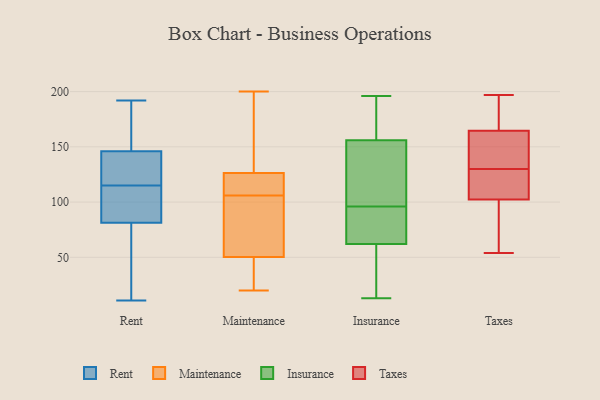
{"axis": {"x": "Humidity (%)", "y": "Value"}, "legend": ["Insurance", "Maintenance", "Rent", "Taxes"], "data": [{"x": "", "y": 11, "type": "Rent"}, {"x": "", "y": 137, "type": "Rent"}, {"x": "", "y": 88, "type": "Rent"}, {"x": "", "y": 132, "type": "Rent"}, {"x": "", "y": 179, "type": "Rent"}, {"x": "", "y": 149, "type": "Rent"}, {"x": "", "y": 71, "type": "Rent"}, {"x": "", "y": 82, "type": "Rent"}, {"x": "", "y": 162, "type": "Rent"}, {"x": "", "y": 124, "type": "Rent"}, {"x": "", "y": 126, "type": "Rent"}, {"x": "", "y": 91, "type": "Rent"}, {"x": "", "y": 192, "type": "Rent"}, {"x": "", "y": 29, "type": "Rent"}, {"x": "", "y": 114, "type": "Rent"}, {"x": "", "y": 152, "type": "Rent"}, {"x": "", "y": 81, "type": "Rent"}, {"x": "", "y": 115, "type": "Rent"}, {"x": "", "y": 42, "type": "Rent"}, {"x": "", "y": 28, "type": "Maintenance"}, {"x": "", "y": 100, "type": "Maintenance"}, {"x": "", "y": 45, "type": "Maintenance"}, {"x": "", "y": 130, "type": "Maintenance"}, {"x": "", "y": 110, "type": "Maintenance"}, {"x": "", "y": 106, "type": "Maintenance"}, {"x": "", "y": 200, "type": "Maintenance"}, {"x": "", "y": 125, "type": "Maintenance"}, {"x": "", "y": 52, "type": "Maintenance"}, {"x": "", "y": 119, "type": "Maintenance"}, {"x": "", "y": 91, "type": "Maintenance"}, {"x": "", "y": 20, "type": "Maintenance"}, {"x": "", "y": 134, "type": "Maintenance"}, {"x": "", "y": 72, "type": "Insurance"}, {"x": "", "y": 13, "type": "Insurance"}, {"x": "", "y": 74, "type": "Insurance"}, {"x": "", "y": 191, "type": "Insurance"}, {"x": "", "y": 80, "type": "Insurance"}, {"x": "", "y": 150, "type": "Insurance"}, {"x": "", "y": 52, "type": "Insurance"}, {"x": "", "y": 24, "type": "Insurance"}, {"x": "", "y": 99, "type": "Insurance"}, {"x": "", "y": 145, "type": "Insurance"}, {"x": "", "y": 93, "type": "Insurance"}, {"x": "", "y": 156, "type": "Insurance"}, {"x": "", "y": 156, "type": "Insurance"}, {"x": "", "y": 185, "type": "Insurance"}, {"x": "", "y": 81, "type": "Insurance"}, {"x": "", "y": 43, "type": "Insurance"}, {"x": "", "y": 34, "type": "Insurance"}, {"x": "", "y": 133, "type": "Insurance"}, {"x": "", "y": 196, "type": "Insurance"}, {"x": "", "y": 175, "type": "Insurance"}, {"x": "", "y": 110, "type": "Taxes"}, {"x": "", "y": 109, "type": "Taxes"}, {"x": "", "y": 100, "type": "Taxes"}, {"x": "", "y": 152, "type": "Taxes"}, {"x": "", "y": 197, "type": "Taxes"}, {"x": "", "y": 174, "type": "Taxes"}, {"x": "", "y": 130, "type": "Taxes"}, {"x": "", "y": 163, "type": "Taxes"}, {"x": "", "y": 54, "type": "Taxes"}, {"x": "", "y": 59, "type": "Taxes"}, {"x": "", "y": 165, "type": "Taxes"}]}